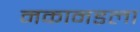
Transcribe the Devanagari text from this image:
नकानडला